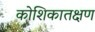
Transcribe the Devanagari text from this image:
कोशिकातक्षण